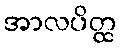
အာလပိတ္ထ